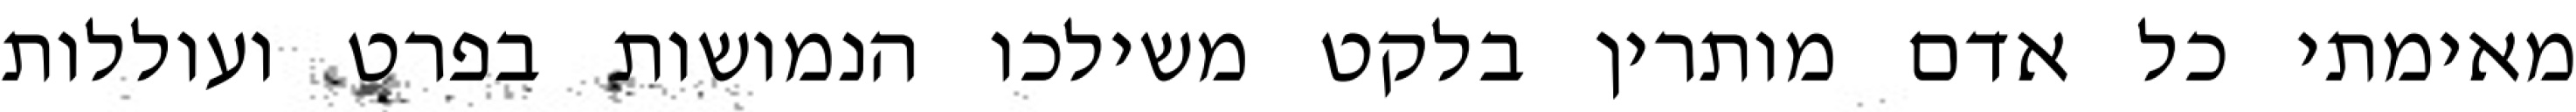
מאימתי כל אדם מותרין בלקט משילכו הנמושות בפרט ועוללות